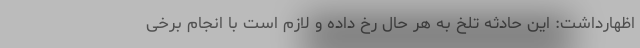
اظهارداشت: این حادثه تلخ به هر حال رخ داده و لازم است با انجام برخی